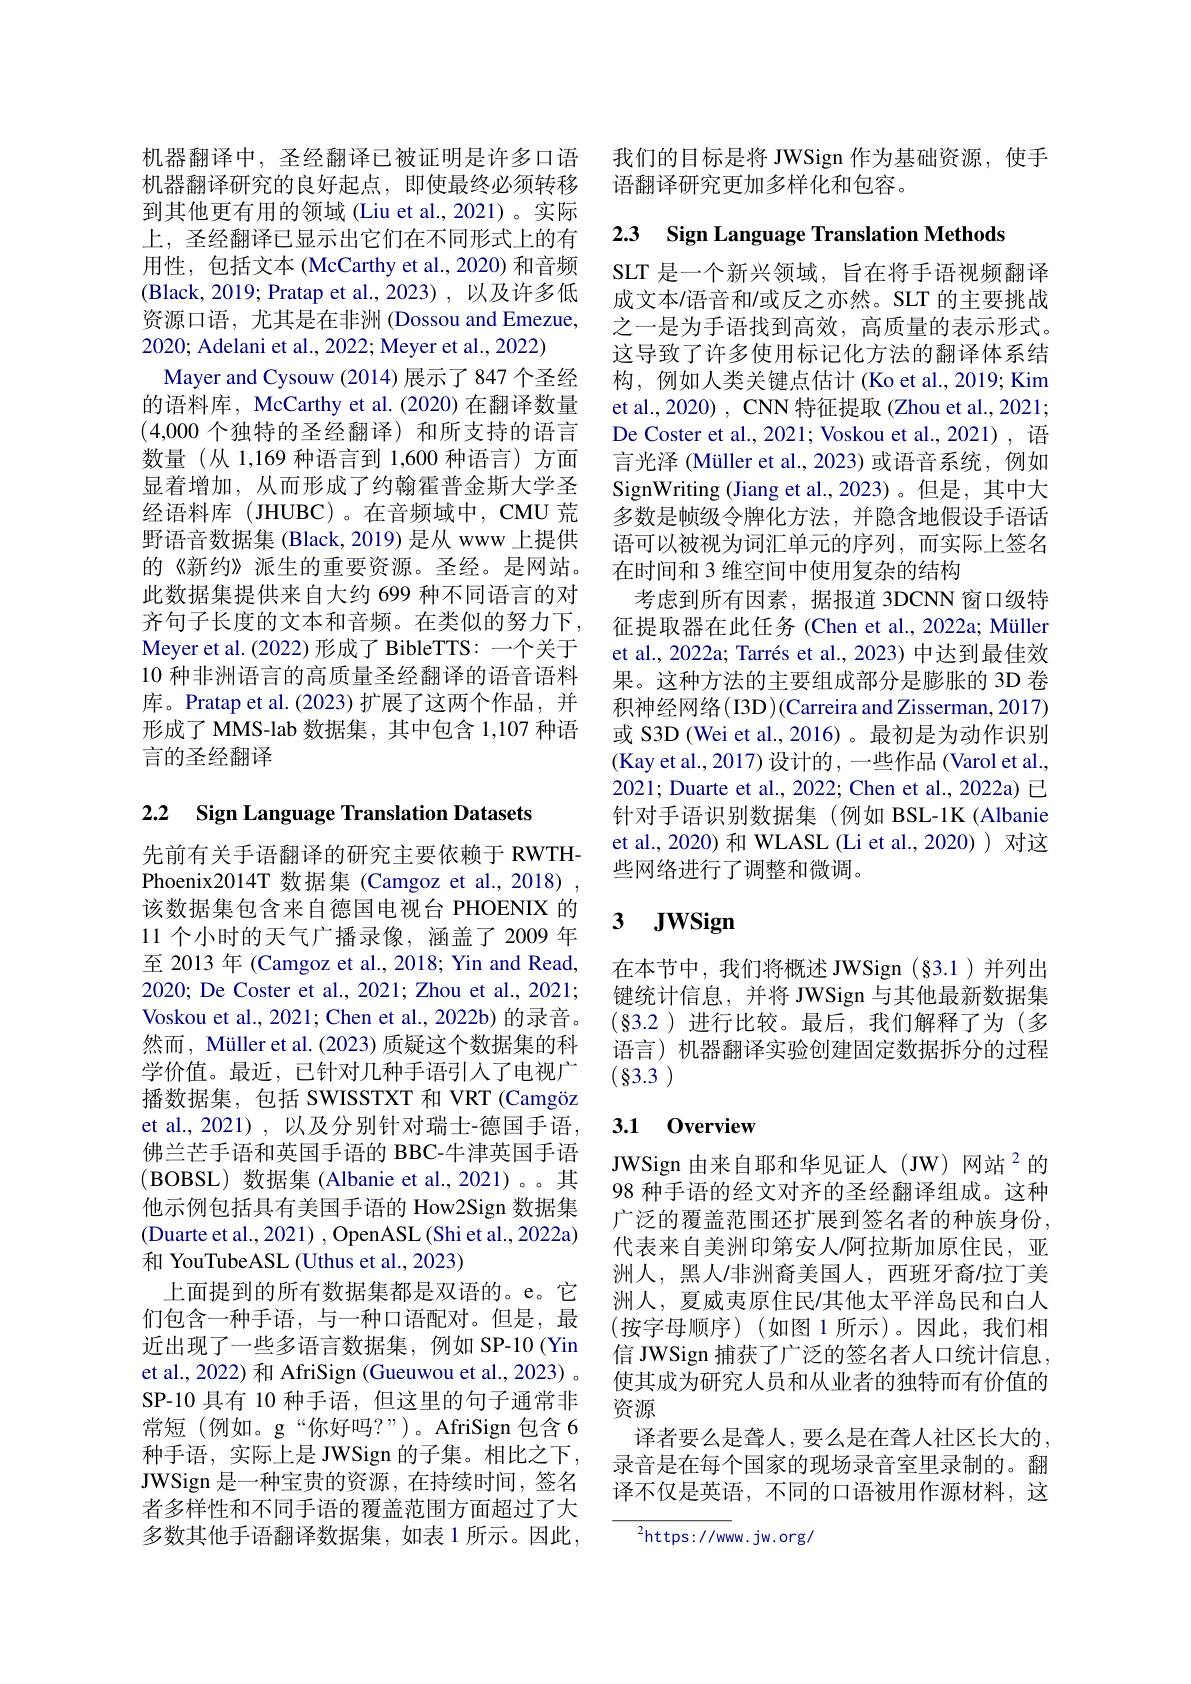
机器翻译中，圣经翻译已被证明是许多口语机器翻译研究的良好起点，即使最终必须转移到其他更有用的领域(Liu et al., 2021)。实际上，圣经翻译已显示出它们在不同形式上的有用性，包括文本 (McCarthy et al.,2020) 和音频(Black, 2019; Pratap et al., 2023) , 以及许多低资源口语，尤其是在非洲 (Dossou and Emezue, 2020; Adelani et al., 2022; Meyer et al., 2022)
Mayer and Cysouw (2014) 展示了 847 个圣经的语料库，McCarthy et al.(2020) 在翻译数量(4,000个独特的圣经翻译)和所支持的语言数量(从 1,169 种语言到 1,600 种语言) 方面显着增加，从而形成了约翰霍普金斯大学圣经语料库(JHUBC)。在音频域中，CMU 荒野语音数据集 (Black,2019) 是从 www 上提供的《新约》派生的重要资源。圣经。是网站。此数据集提供来自大约 699 种不同语言的对齐句子长度的文本和音频。在类似的努力下， Meyer et al. (2022) 形成了 BibleTTS: 一个关于10 种非洲语言的高质量圣经翻译的语音语料库。Pratap et al.(2023)扩展了这两个作品，并形成了 MMS-lab 数据集，其中包含 1,107 种语言的圣经翻译

# 2.2 Sign Language Translation Datasets

先前有关手语翻译的研究主要依赖于 RWTHPhoenix2014T 数据集 (Camgoz et al., 2018) 该数据集包含来自德国电视台 PHOENIX 的11 个小时的天气广播录像，涵盖了 2009 年至 2013 年 (Camgoz et al., 2018; Yin and Read, 2020; De Coster et al., 2021; Zhou et al., 2021; Voskou et al., 2021; Chen et al., 2022b) 的录音。然而，Müller et al. (2023) 质疑这个数据集的科学价值。最近，已针对几种手语引人了电视广播数据集，包括 SWISSTXT 和 VRT (Camgöz et al., 2021) , 以及分别针对瑞士-德国手语， 佛兰芒手语和英国手语的 BBC-牛津英国手语(BOBSL)数据集 (Albanie et al.,2021)。。其他示例包括具有美国手语的 How2Sign 数据集(Duarte et al., 2021) , OpenASL (Shi et al., 2022a) 和 YouTubeASL (Uthus et al., 2023)
上面提到的所有数据集都是双语的。e。它们包含一种手语，与一种口语配对。但是，最近出现了一些多语言数据集，例如 SP-10(Yin et al., 2022) 和 AfriSign (Gueuwou et al., 2023) 。SP-10 具有 10 种手语，但这里的句子通常非常短(例如。g“你好吗？”)。AfriSign包含6种手语，实际上是 JWSign 的子集。相比之下， JWSign 是一种宝贵的资源，在持续时间，签名者多样性和不同手语的覆盖范围方面超过了大多数其他手语翻译数据集，如表1所示。因此，

我们的目标是将 JWSign 作为基础资源，使手
语翻译研究更加多样化和包容。

2.3 Sign Language Translation Methods

SLT 是一个新兴领域，旨在将手语视频翻译成文本/语音和/或反之亦然。SLT 的主要挑战之一是为手语找到高效，高质量的表示形式。这导致了许多使用标记化方法的翻译体系结构，例如人类关键点估计(Ko et al., 2019; Kim et al., 2020) , CNN 特征提取 (Zhou et al., 2021; De Coster et al., 2021; Voskou et al., 2021), 语言光泽 (Müller et al., 2023) 或语音系统，例如SignWriting (Jiang et al.,2023)。但是，其中大多数是帧级令牌化方法，并隐含地假设手语话语可以被视为词汇单元的序列，而实际上签名在时间和 3 维空间中使用复杂的结构
考虑到所有因素，据报道 3DCNN 窗口级特征提取器在此任务 (Chen et al., 2022a; Müller et al., 2022a; Tarrés et al., 2023) 中达到最佳效果。这种方法的主要组成部分是膨胀的 3D 卷积神经网络(I3D)(Carreira and Zisserman, 2017) 或 S3D (Wei et al.,2016) 。最初是为动作识别(Kay et al., 2017) 设计的，一些作品 (Varol et al., 2021; Duarte et al., 2022; Chen et al., 2022a) 已针对手语识别数据集(例如 BSL-1K(Albanie et al., 2020) 和 WLASL (Li et al., 2020)) 对这些网络进行了调整和微调。

# 3 $\textbf{JWSign}$

在本节中，我们将概述 JWSign (§3.1)并列出键统计信息，并将 JWSign 与其他最新数据集$(\S$3.2)进行比较。最后，我们解释了为(多语言)机器翻译实验创建固定数据拆分的过程(83.3)

### 3.1 0verview

JWSign 由来自耶和华见证人(JW)网站$^{2}$的98 种手语的经文对齐的圣经翻译组成。这种广泛的覆盖范围还扩展到签名者的种族身份， 代表来自美洲印第安人阿拉斯加原住民，亚洲人，黑人/非洲裔美国人，西班牙裔/拉丁美洲人，夏威夷原住民$l$其他太平洋岛民和白人(按字母顺序)(如图1所示)。因此，我们相信 JWSign 捕获了广泛的签名者人口统计信息， 使其成为研究人员和从业者的独特而有价值的资源
译者要么是聋人，要么是在聋人社区长大的录音是在每个国家的现场录音室里录制的。翻译不仅是英语，不同的口语被用作源材料，这

${^{2}\mathrm{https://www.jw.org/}}$